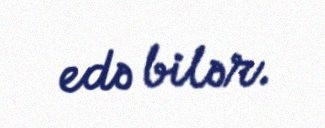
edə bilər.